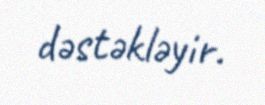
dəstəkləyir.